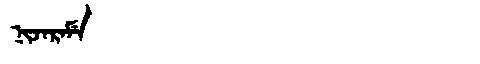
Manchu: ᠨᡳᠵᠠᡵᠠᠮᡝ
Romanization: NIJARAME